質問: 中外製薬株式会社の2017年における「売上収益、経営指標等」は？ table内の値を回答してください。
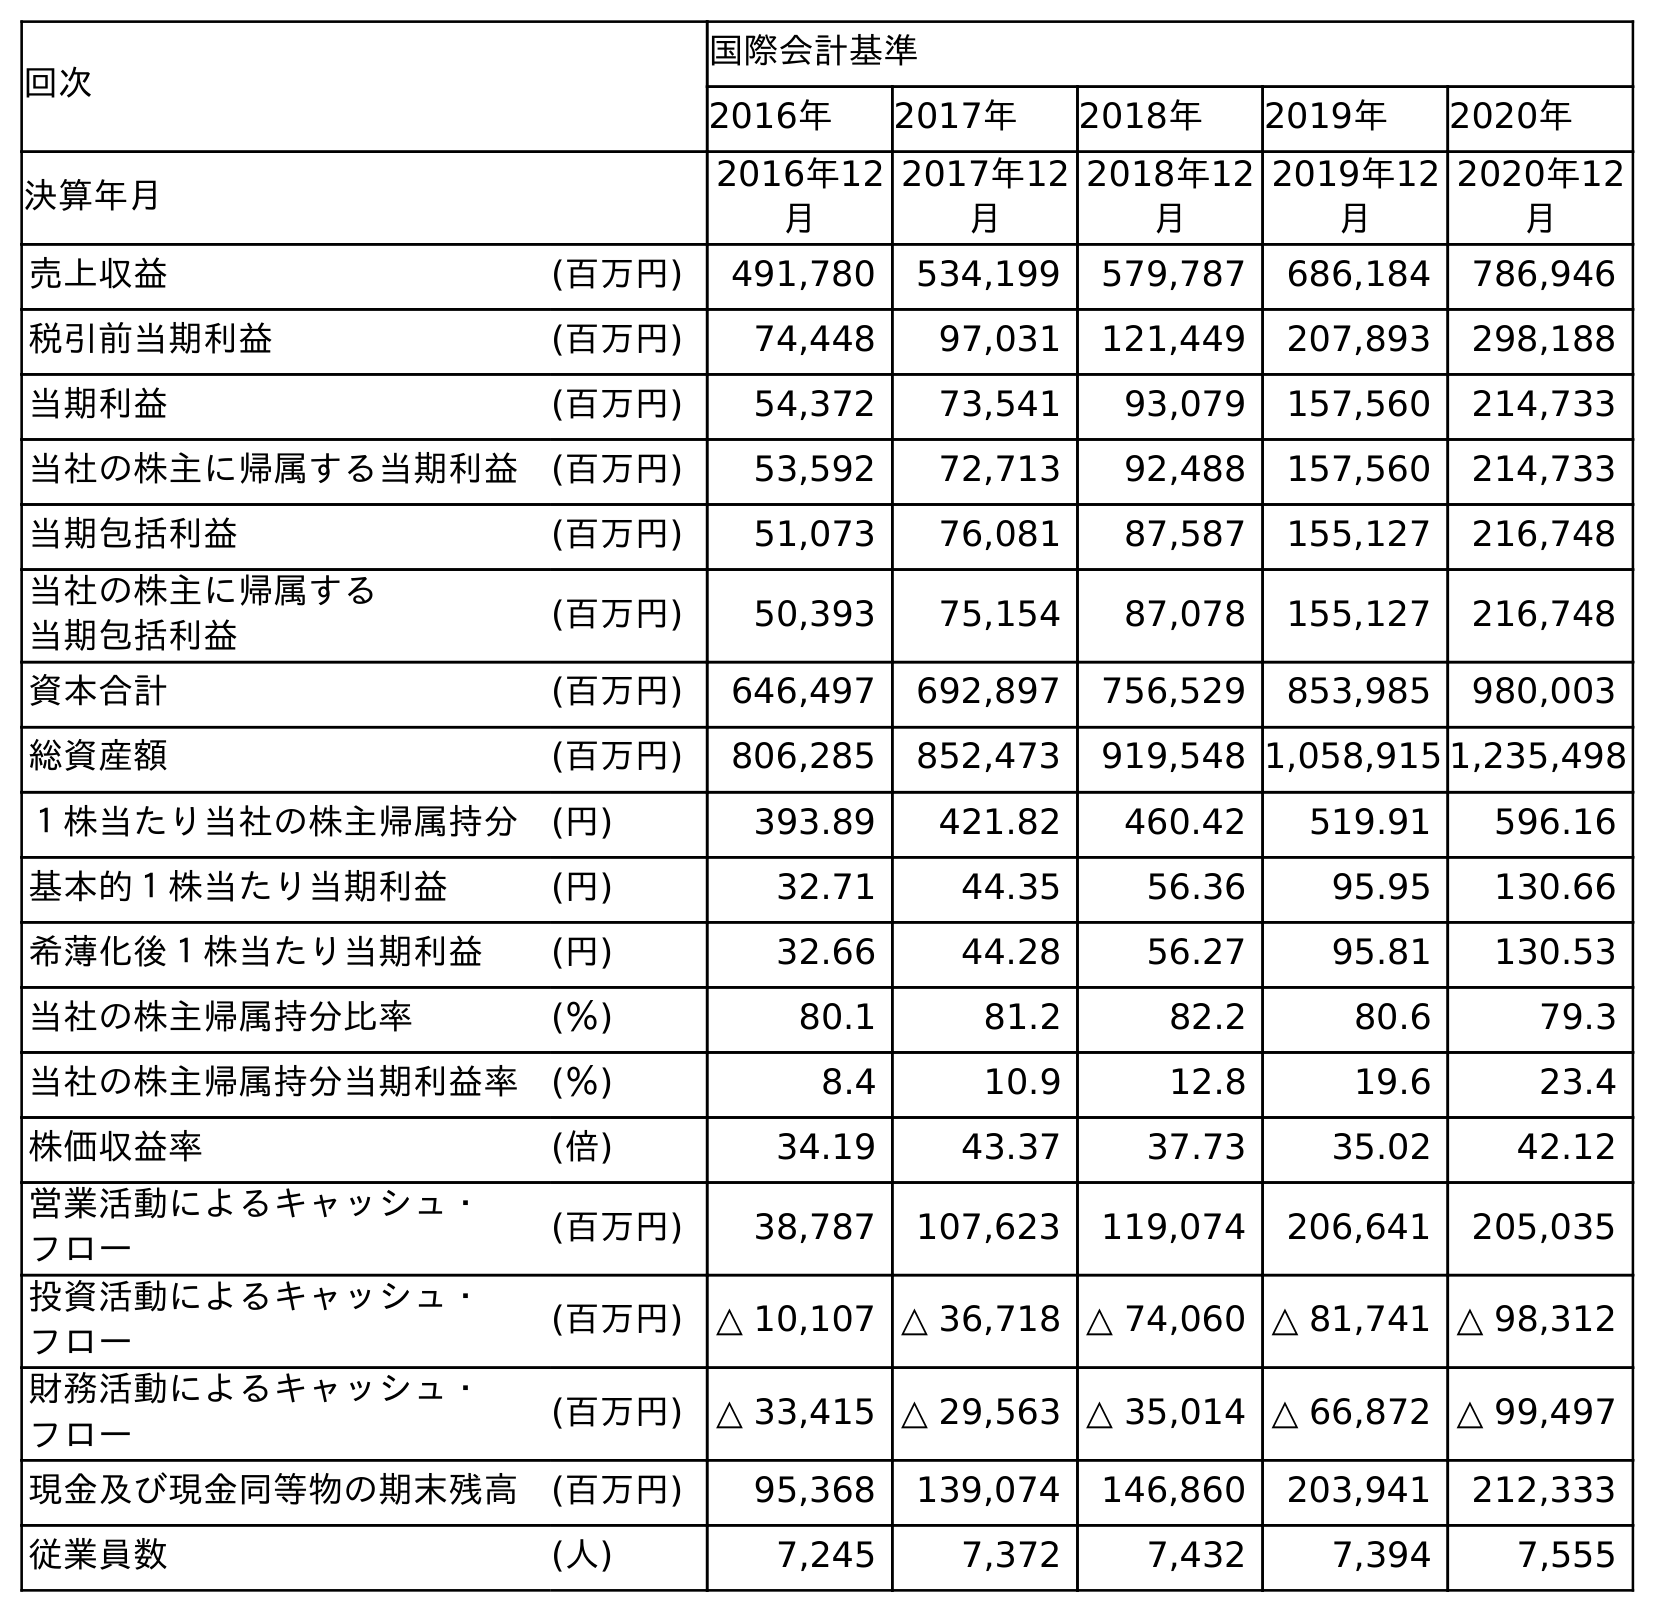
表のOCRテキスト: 回次 国際会計基準 2016年 2017年 2018年 2019年 2020年 決算年月 2016年12 月 2017年12 月 2018年12 月 2019年12 月 2020年12 月 売上収益 (百万円) 491,780 534,199 579,787 686,184 786,946 税引前当期利益 (百万円) 74,448 97,031 121,449 207,893 298,188 当期利益 (百万円) 54,372 73,541 93,079 157,560 214,733 当社の株主に帰属する当期利益 (百万円) 53,592 72,713 92,488 157,560 214,733 当期包括利益 (百万円) 51,073 76,081 87,587 155,127 216,748 当社の株主に帰属する 当期包括利益 (百万円) 50,393 75,154 87,078 155,127 216,748 資本合計 (百万円) 646,497 692,897 756,529 853,985 980,003 総資産額 (百万円) 806,285 852,473 919,548 1,058,915 1,235,498 １株当たり当社の株主帰属持分 (円) 393.89 421.82 460.42 519.91 596.16 基本的１株当たり当期利益 (円) 32.71 44.35 56.36 95.95 130.66 希薄化後１株当たり当期利益 (円) 32.66 44.28 56.27 95.81 130.53 当社の株主帰属持分比率 (％) 80.1 81.2 82.2 80.6 79.3 当社の株主帰属持分当期利益率 (％) 8.4 10.9 12.8 19.6 23.4 株価収益率 (倍) 34.19 43.37 37.73 35.02 42.12 営業活動によるキャッシュ・ フロー (百万円) 38,787 107,623 119,074 206,641 205,035 投資活動によるキャッシュ・ フロー (百万円) △ 10,107 △ 36,718 △ 74,060 △ 81,741 △ 98,312 財務活動によるキャッシュ・ フロー (百万円) △ 33,415 △ 29,563 △ 35,014 △ 66,872 △ 99,497 現金及び現金同等物の期末残高 (百万円) 95,368 139,074 146,860 203,941 212,333 従業員数 (人) 7,245 7,372 7,432 7,394 7,555
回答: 534,199